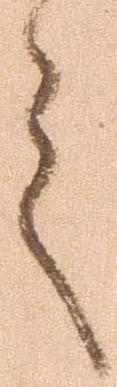
言